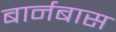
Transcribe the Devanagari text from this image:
बार्नबास